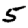
Digit: 5